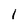
Character: 1